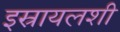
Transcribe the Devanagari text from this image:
इस्रायलशी